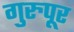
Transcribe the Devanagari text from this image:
गुरुपूर